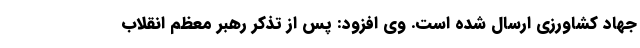
جهاد کشاورزی ارسال شده است. وی افزود: پس از تذکر رهبر معظم انقلاب